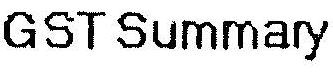
GST SUMMARY